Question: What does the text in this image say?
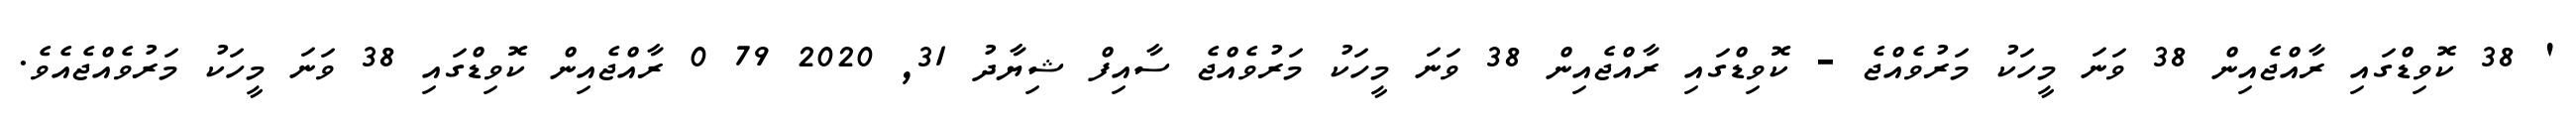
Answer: ' 38 ކޮވިޑްގައި ރާއްޖެއިން 38 ވަނަ މީހަކު މަރުވެއްޖެ - ކޮވިޑްގައި ރާއްޖެއިން 38 ވަނަ މީހަކު މަރުވެއްޖެ ސާއިފް ޝިޔާދު 31, 2020 79 0 ރާއްޖެއިން ކޮވިޑްގައި 38 ވަނަ މީހަކު މަރުވެއްޖެއެވެ.